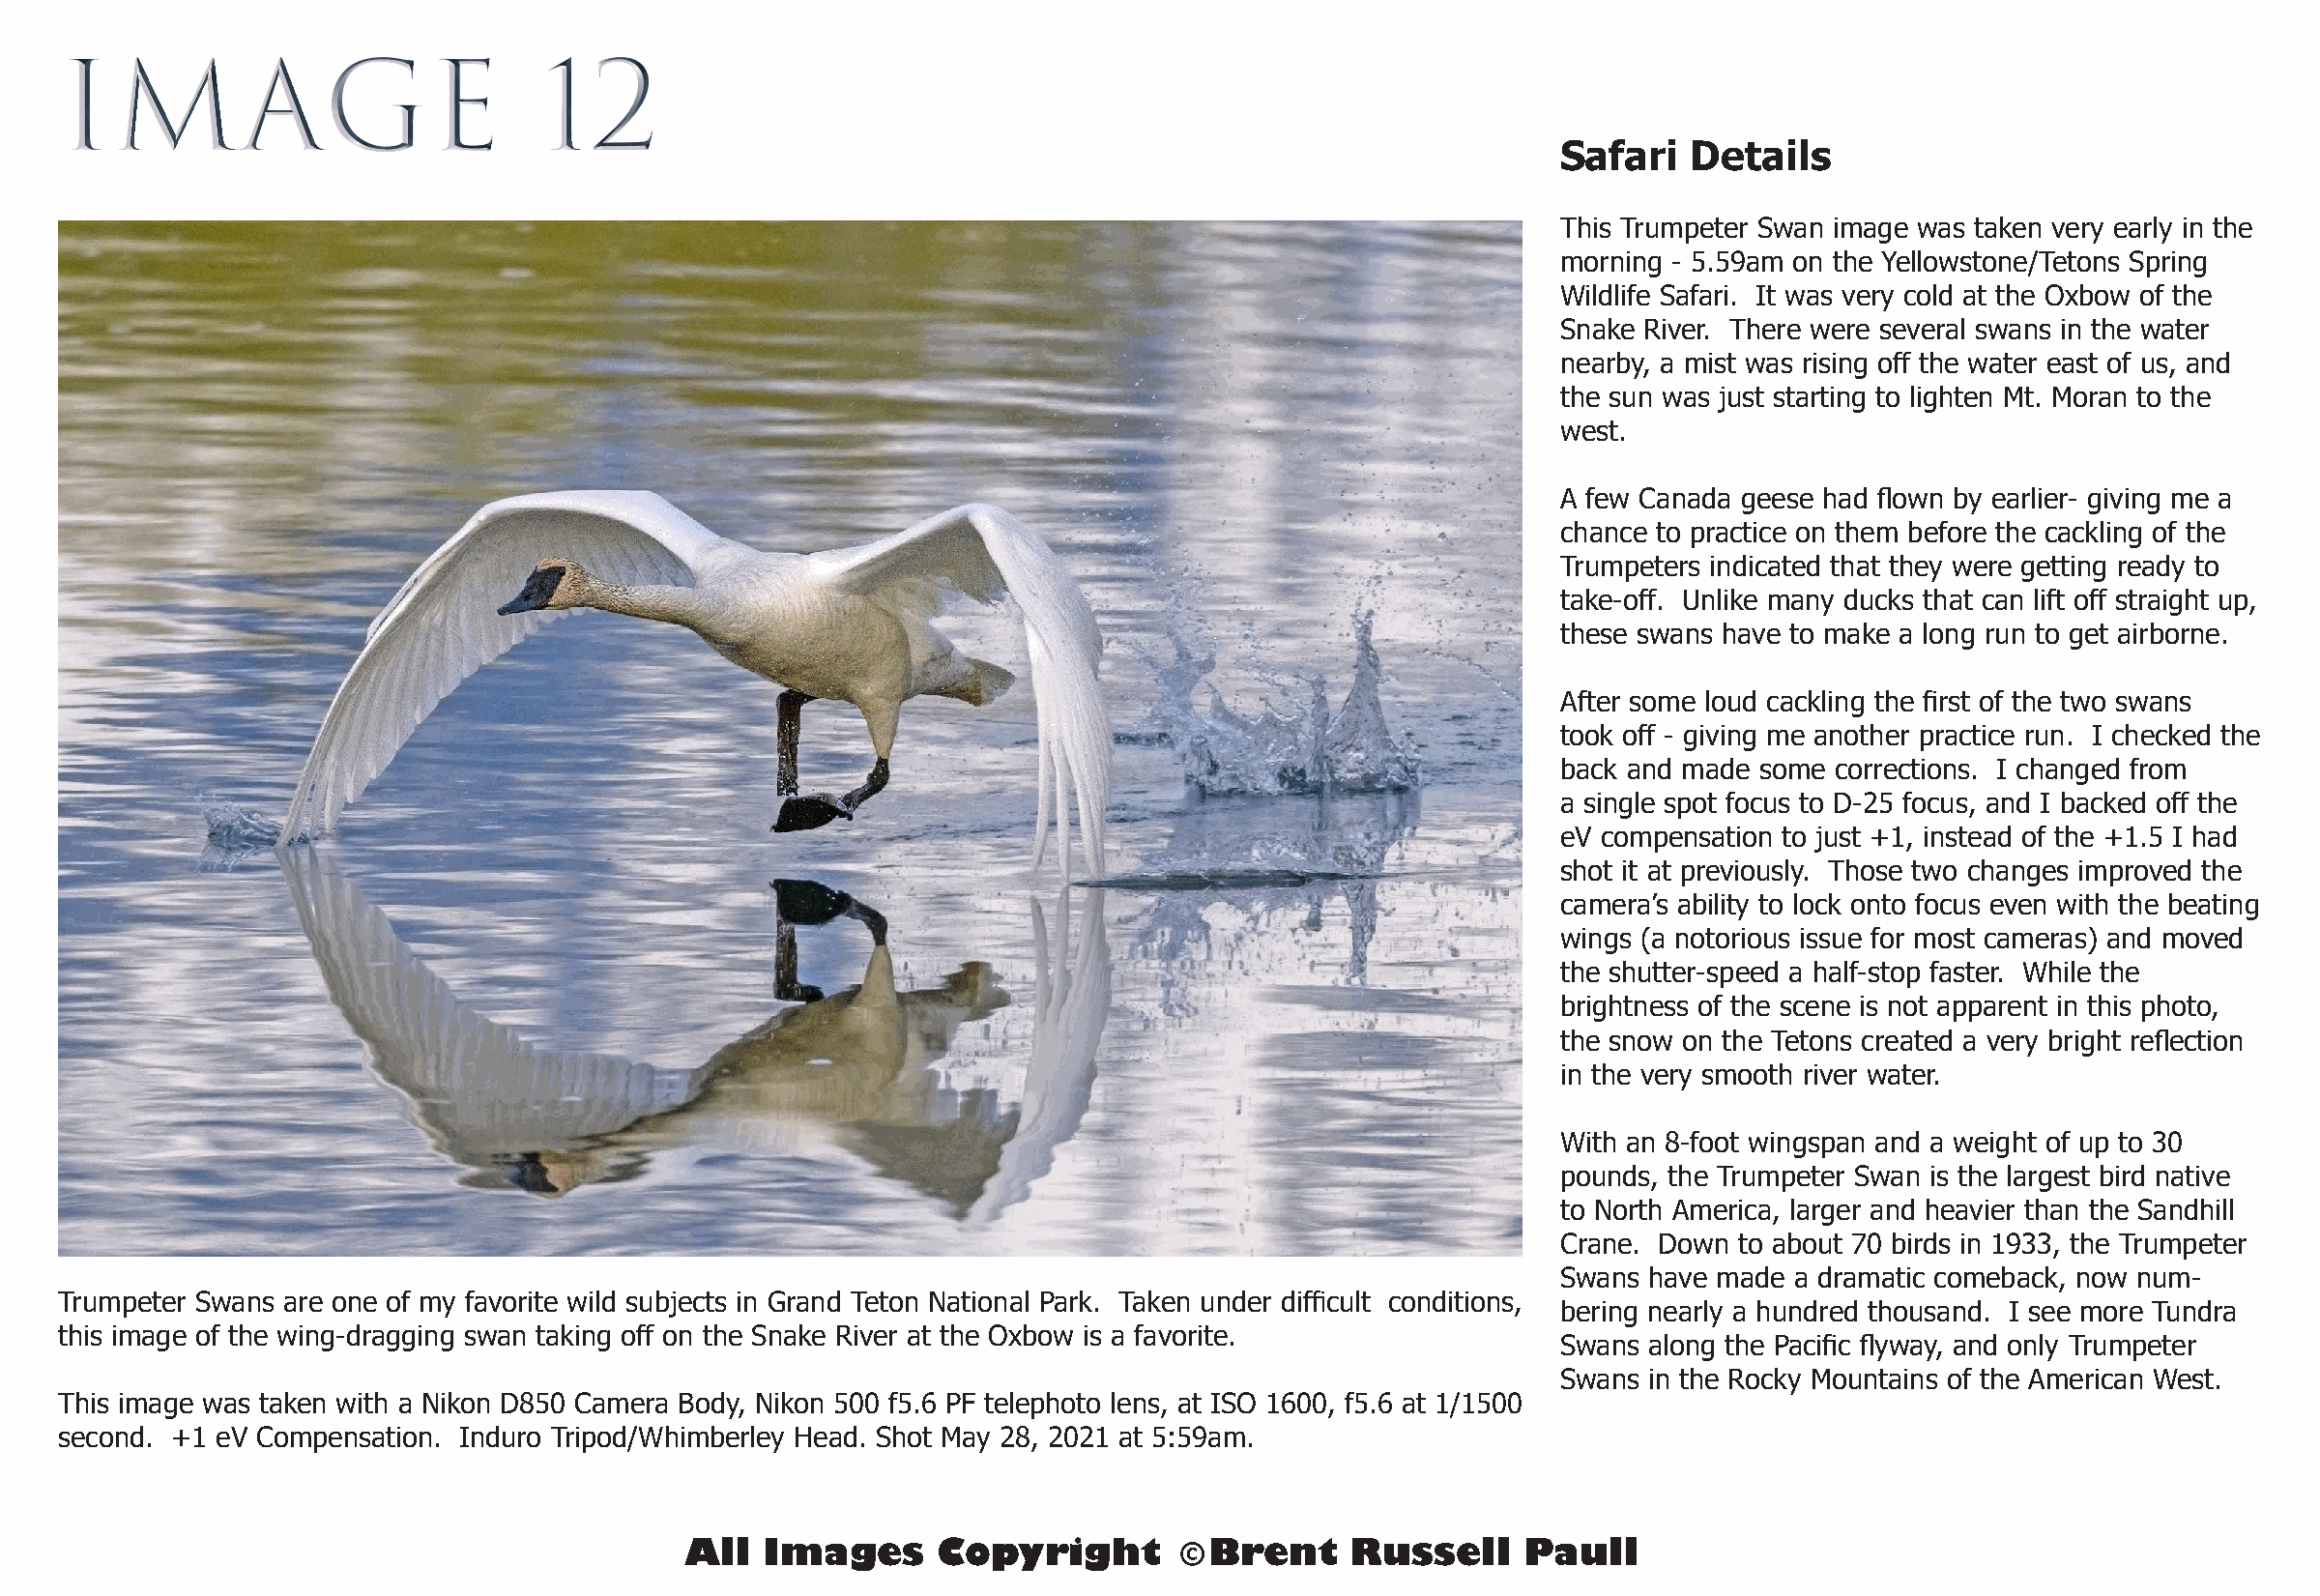
IMAGE                            12
 Safari   Details
 This Trumpeter Swan image was taken very early in the
 morning - 5.59am on the Yellowstone/Tetons Spring
 Wildlife Safari. It was very cold at the Oxbow of the
 Snake River. There were several swans in the water
 nearby, a mist was rising off the water east of us, and
 the sun was just starting to lighten Mt. Moran to the
 west.
 A few Canada geese had flown by earlier- giving me a
 chance to practice on them before the cackling of the
 Trumpeters indicated that they were getting ready to
 take-off. Unlike many ducks that can lift off straight up,
 these swans have to make a long run to get airborne.
 After some loud cackling the first of the two swans
 took off - giving me another practice run. I checked the
 back and made some corrections. I changed from
 a single spot focus to D-25 focus, and I backed off the
 eV compensation to just +1, instead of the +1.5 I had
 shot it at previously. Those two changes improved the
 camera’s ability to lock onto focus even with the beating
 wings (a notorious issue for most cameras) and moved
 the shutter-speed a half-stop faster. While the
 brightness of the scene is not apparent in this photo,
 the snow on the Tetons created a very bright reflection
 in the very smooth river water.
 With an 8-foot wingspan and a weight of up to 30
 pounds, the Trumpeter Swan is the largest bird native
 to North America, larger and heavier than the Sandhill
 Crane. Down to about 70 birds in 1933, the Trumpeter
 Swans have made a dramatic comeback, now num-
 Trumpeter Swans are one of my favorite wild subjects in Grand Teton National Park. Taken under difficult conditions,
 bering nearly a hundred thousand. I see more Tundra
 this image of the wing-dragging swan taking off on the Snake River at the Oxbow is a favorite.
 Swans along the Pacific flyway, and only Trumpeter
 Swans in the Rocky Mountains of the American West.
 This image was taken with a Nikon D850 Camera Body, Nikon 500 f5.6 PF telephoto lens, at ISO 1600, f5.6 at 1/1500
 second. +1 eV Compensation. Induro Tripod/Whimberley Head. Shot May 28, 2021 at 5:59am.
 All  Images      Copyright        © Brent     Russell    Paull